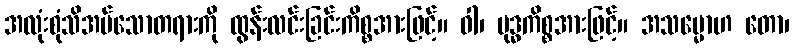
အလုံးစုံသိအပ်သောတရားကို ထွန်းလင်းခြင်းကိစ္စအားဖြင့်။ ဝါ၊ ဗုဒ္ဓကိစ္စအားဖြင့်။ အသမ္မောဟ တော၊